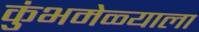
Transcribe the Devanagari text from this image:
कुंभमेळ्याला